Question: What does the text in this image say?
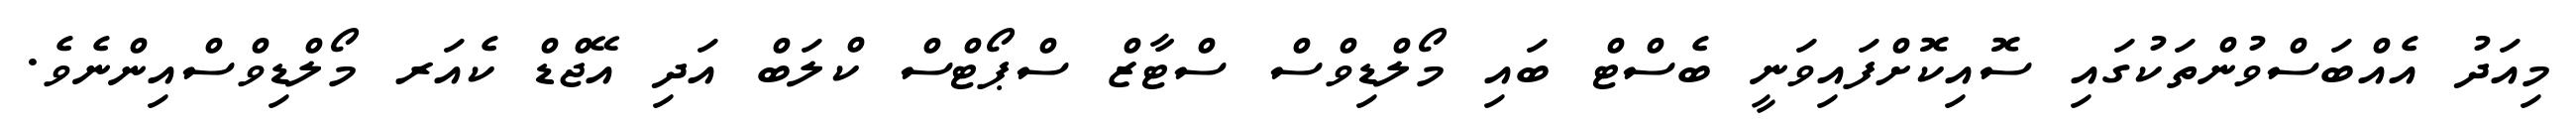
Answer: މިއަދު އެއްބަސްވުންތަކުގައި ސޮއިކޮށްފައިވަނީ ބެސްޓް ބައި މޯލްޑިވްސް ސްޓާޒް ސްޕޯޓްސް ކްލަބް އަދި އޭޖްޑް ކެއަރ މޯލްޑިވްސްއިންނެވެ.